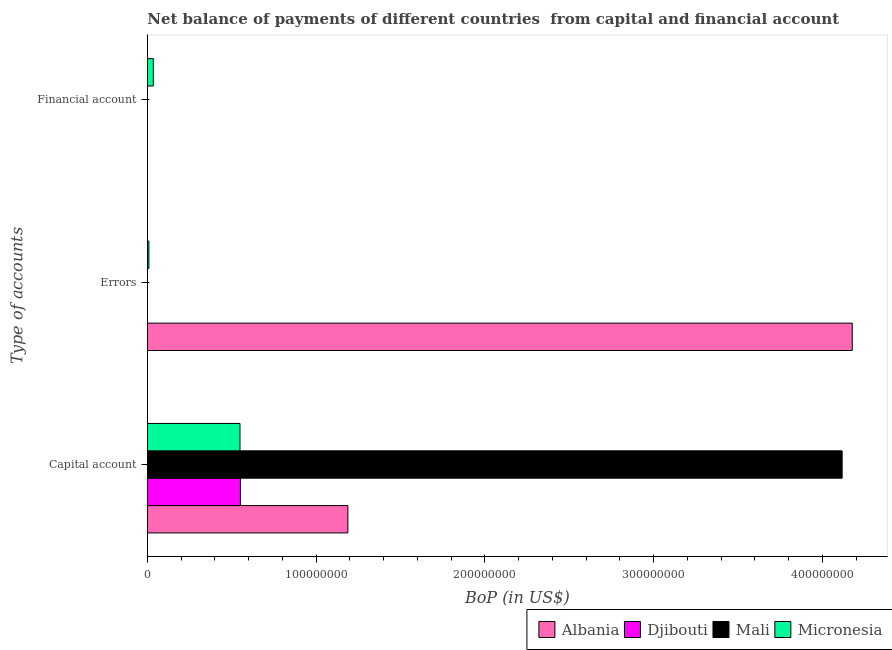
| Type of accounts | Albania | Djibouti | Mali | Micronesia |
 | --- | --- | --- | --- | --- |
 | Capital account | 1.19e+08 | 5.51e+07 | 4.12e+08 | 5.49e+07 |
 | Errors | 4.18e+08 | -3.47e+07 | -7.42e+07 | 9.18e+05 |
 | Financial account | -1.31e+09 | -5.07e+07 | -3.17e+08 | 3.54e+06 |